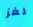
لغز